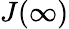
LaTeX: J(\infty)